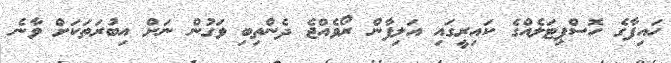
ހައިފާގެ ހޮސްޕިޓަލެއްގެ ކައިރީގައި އަލިފާން ރޯވެއްޖެ ދެންތިބި ވަގުން ނަށް އިބުރަތަކަށް ވާނެ